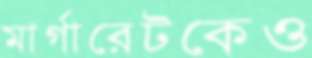
মার্গারেটকেও